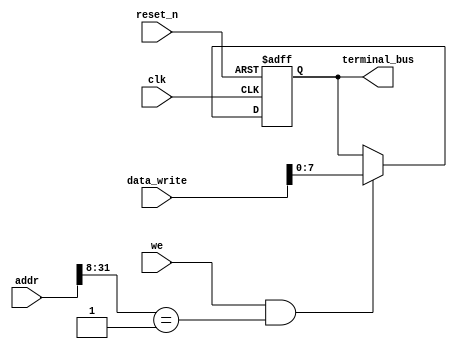
module terminal(
        input   wire            clk,
        input   wire            reset_n,
        input   wire            we,
        input   wire    [31:0]  addr,
        input   wire    [31:0]  data_write,
        output  reg     [7:0]   terminal_bus
);

    // reg [7:0] terminal_bus;
    reg [127:0] terminal_block;

    integer i;
    always @(posedge clk or negedge reset_n)
    begin
        if(!reset_n)
        begin
            terminal_bus = 8'h0;
            terminal_block = 128'h0;
        end
        else
        begin
            /*  write  */
            if(we && (addr[31:8] == 24'h1))
            begin
                terminal_bus <= data_write[7:0];
                terminal_block <= (terminal_block << 8) + data_write[7:0];
            end
        end
    end


endmodule // terminal